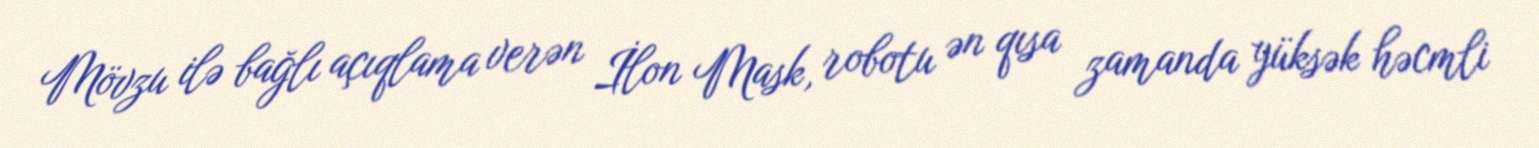
Mövzu ilə bağlı açıqlama verən İlon Mask, robotu ən qısa zamanda yüksək həcmli